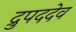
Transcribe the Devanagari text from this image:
द्रुपददेव